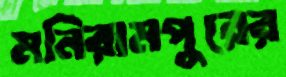
মনিরামপুরের